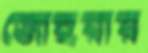
জোহরার